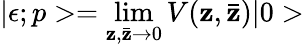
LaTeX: |\epsilon;p>=\operatorname*{lim}_{\mathbf{z},\bar{{\mathbf{z}}}\rightarrow0}V(\mathbf{z},\bar{{\mathbf{z}}})|0>